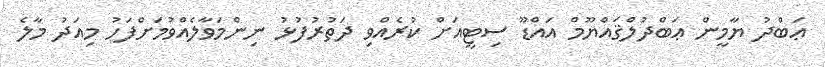
ޢަބްދު ޔާމީން ޢަބްދުލްޤައްޔޫމް އައްޑޫ ސިޓީއަށް ކުރެއްވި ދަތުރުފުޅު ނިންމަވާލެއްވުމަށްފަހު މިއަދު މާލެ